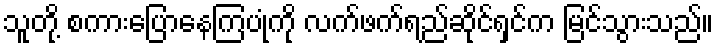
သူတို့ စကားပြောနေကြပုံကို လက်ဖက်ရည်ဆိုင်ရှင်က မြင်သွားသည်။